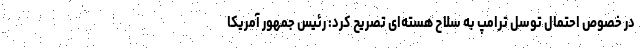
در خصوص احتمال توسل ترامپ به سلاح هسته‌ای تصریح کرد: رئیس جمهور آمریکا